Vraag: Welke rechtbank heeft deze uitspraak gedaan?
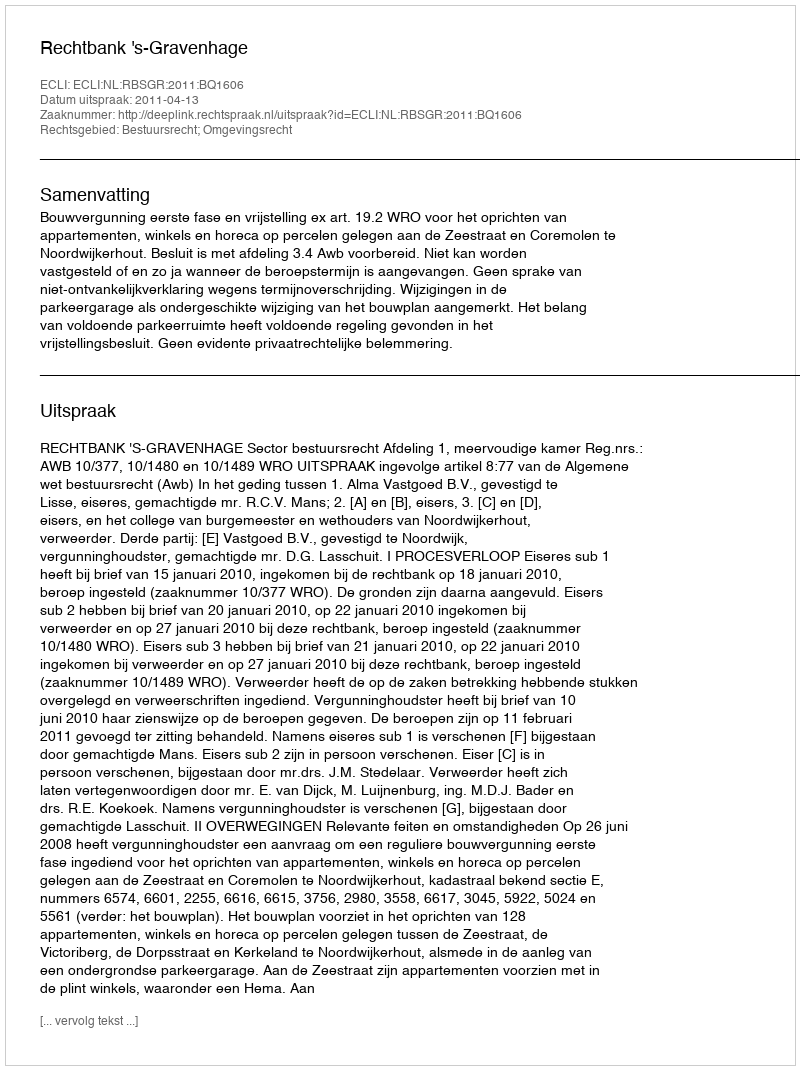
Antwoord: Rechtbank 's-Gravenhage